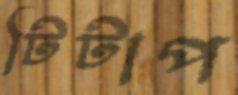
টিটাপ